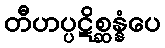
တီဟပ္ပဋိစ္ဆန္နံပေ